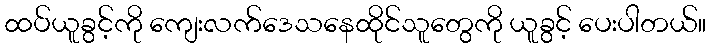
ထပ်ယူခွင့်ကို ကျေးလက်ဒေသနေထိုင်သူတွေကို ယူခွင့် ပေးပါတယ်။